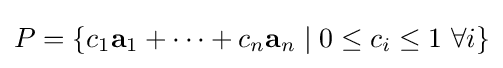
P=\left\{c_{1}\mathbf {a} _{1}+\cdots +c_{n}\mathbf {a} _{n}\mid 0\leq c_{i}\leq 1\ \forall i\right\}